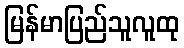
မြန်မာပြည်သူလူထု